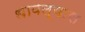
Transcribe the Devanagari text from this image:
धावल्यास